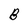
Character: B